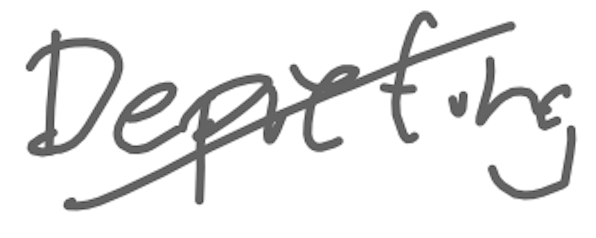
Text: Depicting
Cross-out: mix
Writing tool: digital_gray